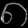
Digit: ၈